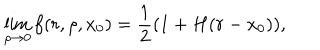
\lim _ { \rho \rightarrow 0 } f ( r , \rho , x _ { 0 } ) = { \frac { 1 } { 2 } } ( 1 + H ( r - x _ { 0 } ) ) ,